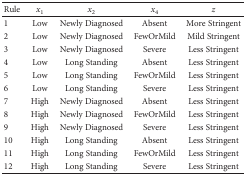
<table><thead><tr><td><b>Rule</b></td><td><b><i>x</i><sub>1</sub></b></td><td><b><i>x</i><sub>2</sub></b></td><td><b><i>x</i><sub>4</sub></b></td><td><b><i>z</i></b></td></tr></thead><tbody><tr><td>1</td><td>Low</td><td>Newly Diagnosed</td><td>Absent</td><td>More Stringent</td></tr><tr><td>2</td><td>Low</td><td>Newly Diagnosed</td><td>FewOrMild</td><td>Mild Stringent</td></tr><tr><td>3</td><td>Low</td><td>Newly Diagnosed</td><td>Severe</td><td>Less Stringent</td></tr><tr><td>4</td><td>Low</td><td>Long Standing</td><td>Absent</td><td>Less Stringent</td></tr><tr><td>5</td><td>Low</td><td>Long Standing</td><td>FewOrMild</td><td>Less Stringent</td></tr><tr><td>6</td><td>Low</td><td>Long Standing</td><td>Severe</td><td>Less Stringent</td></tr><tr><td>7</td><td>High</td><td>Newly Diagnosed</td><td>Absent</td><td>Less Stringent</td></tr><tr><td>8</td><td>High</td><td>Newly Diagnosed</td><td>FewOrMild</td><td>Less Stringent</td></tr><tr><td>9</td><td>High</td><td>Newly Diagnosed</td><td>Severe</td><td>Less Stringent</td></tr><tr><td>10</td><td>High</td><td>Long Standing</td><td>Absent</td><td>Less Stringent</td></tr><tr><td>11</td><td>High</td><td>Long Standing</td><td>FewOrMild</td><td>Less Stringent</td></tr><tr><td>12</td><td>High</td><td>Long Standing</td><td>Severe</td><td>Less Stringent</td></tr></tbody></table>